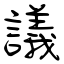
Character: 議